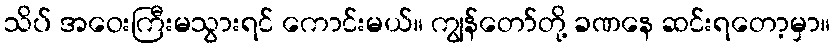
သိပ် အဝေးကြီးမသွားရင် ကောင်းမယ်။ ကျွန်တော်တို့ ခဏနေ ဆင်းရတော့မှာ။